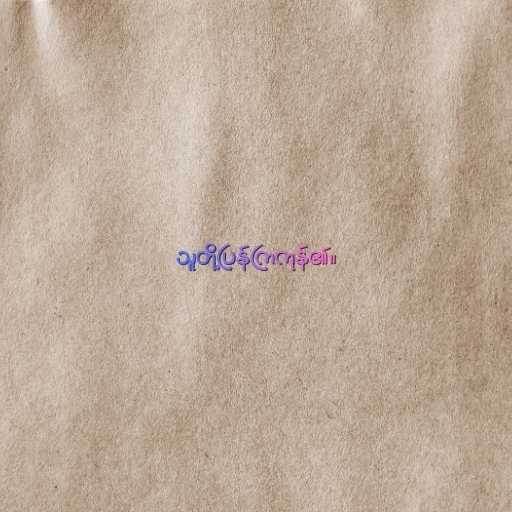
သူတို့ပြန်ကြကုန်၏။